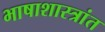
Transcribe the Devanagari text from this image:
भाषाशास्त्रांत